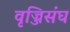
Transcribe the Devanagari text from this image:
वृज्जिसंघ